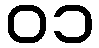
၀၁